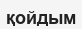
қойдым